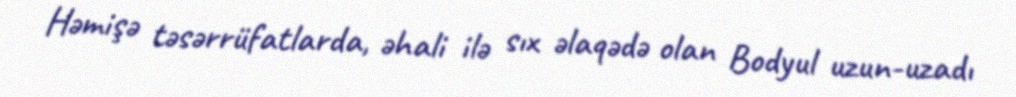
Həmişə təsərrüfatlarda, əhali ilə sıx əlaqədə olan Bodyul uzun-uzadı